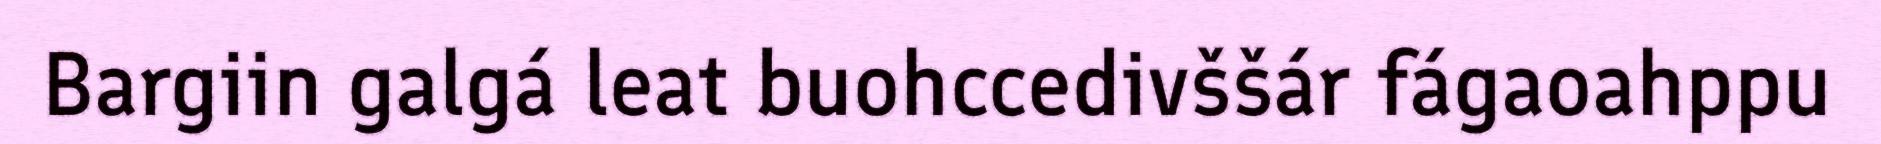
Bargiin galgá leat buohccedivššár fágaoahppu